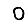
Digit: 0